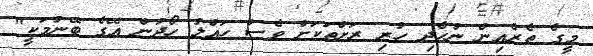
މީގެ ތެރެއިން ނުހެދި ހުރި ރަށްތަކަށް ވެސް ހައްލު ހޯދުން އޭގެ ބޭނުމަކީ"